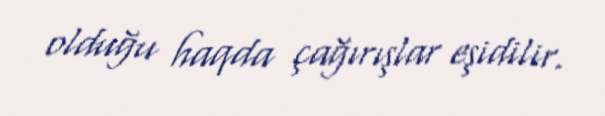
olduğu haqda çağırışlar eşidilir.